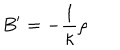
B ^ { \prime } = - \frac { 1 } { \kappa } \rho